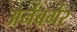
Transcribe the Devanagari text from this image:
अर्नबर्गर